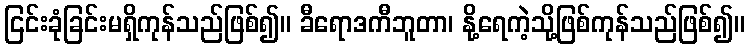
ငြင်းခုံခြင်းမရှိကုန်သည်ဖြစ်၍။ ခီရောဒကီဘူတာ၊ နို့ရေကဲ့သို့ဖြစ်ကုန်သည်ဖြစ်၍။